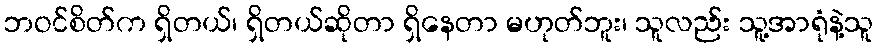
ဘဝင်စိတ်က ရှိတယ်၊ ရှိတယ်ဆိုတာ ရှိနေတာ မဟုတ်ဘူး၊ သူလည်း သူ့အာရုံနဲ့သူ